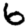
Digit: 6